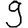
Digit: 9